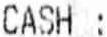
CASH :